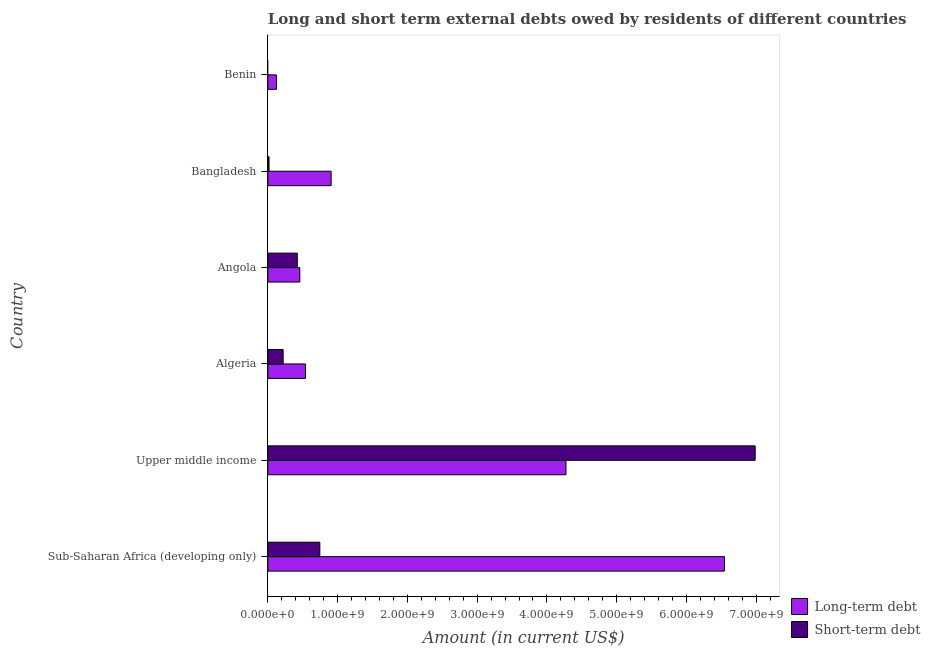
| Country | Long-term debt | Short-term debt |
 | --- | --- | --- |
 | Sub-Saharan Africa (developing only) | 6.55e+09 | 7.45e+08 |
 | Upper middle income | 4.27e+09 | 6.99e+09 |
 | Algeria | 5.39e+08 | 2.19e+08 |
 | Angola | 4.58e+08 | 4.22e+08 |
 | Bangladesh | 9.07e+08 | 1.72e+07 |
 | Benin | 1.24e+08 | -1.66e+07 |